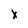
Character: x